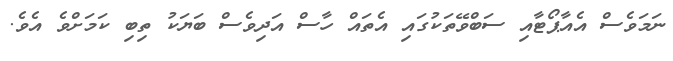
ނަމަވެސް އެއާޕޯޓާއި ސަބްވޭތަކުގައި އެތައް ހާސް އަދިވެސް ބަޔަކު ތިބި ކަމަށްވެ އެވެ.